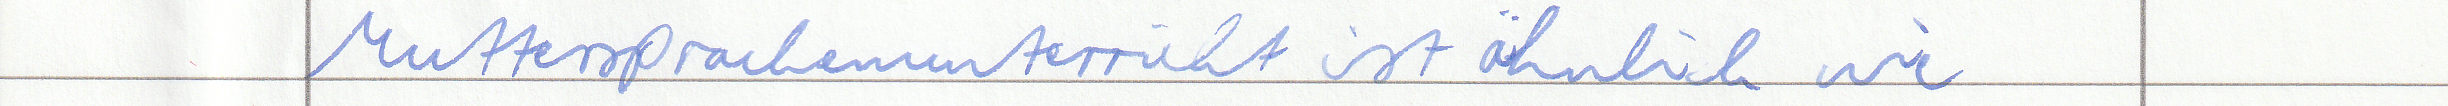
Muttersprachenunterricht ist ähnlich wie